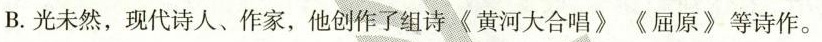
B.光未然，现代诗人、作家，他创作了组诗《黄河大合唱》《屈原》等诗作。